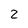
Character: 2